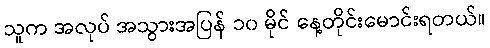
သူက အလုပ် အသွားအပြန် ၁၀ မိုင် နေ့တိုင်းမောင်းရတယ်။